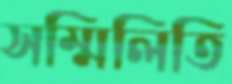
সম্মিলিতি